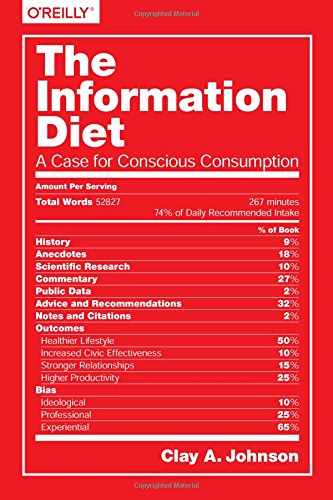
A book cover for The Information Diet: A Case for Conscious Comsumption; Clay A. Johnson; Computers & Technology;